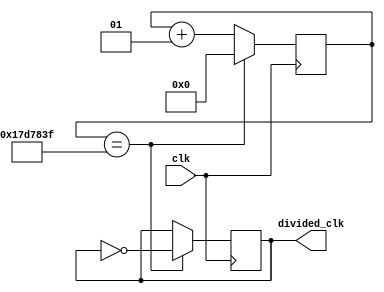
`timescale 1ns / 1ps
// counter based(to slow down the clock signal)
module clock_divider #(parameter div_value = 24999999)(
    input wire clk,             // 100MHz
    output reg divided_clk = 0     // 1 Hz => 0.5s ON and 0.5s OFF
    // Why reg in always block? Anything which needs to be assigned or reassigned in the always block should have reg since it stores previous values
    );


// Formula:
// division_value = 100MHz/(2*desired frequency) - 1

// counter
integer counter_value = 0;  // integer is a 32bit wide register bus

always@ (posedge clk)       // paranthesis stands for sensitivity list  // posedge means rising edge 0-1
begin
    if (counter_value == div_value)
        counter_value <= 0;  // reset counter value
    else
        counter_value <= counter_value + 1;  // count up // '<=' means the line updates in parallel 
end

// divide clock
always@ (posedge clk)
begin
    if(counter_value == div_value)
        divided_clk <= ~divided_clk; // flip the signal
    else
        divided_clk <= divided_clk;// previous value(no change) 
end
endmodule